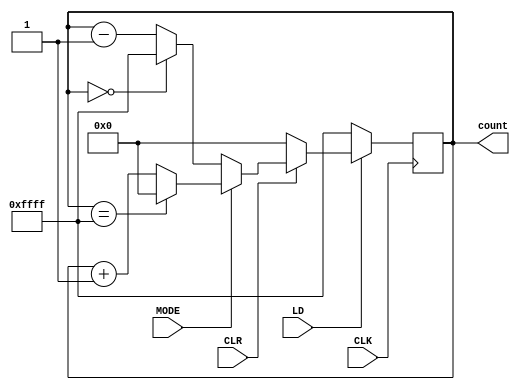
module sync_counter(input CLK, LD, CLR, MODE, output reg [15:0] count);
    initial count = 16'b0000000000000000;
    always @(posedge CLK) begin
        if (~LD) count <= 16'b1111111111111111;
        else if (~CLR) count <= 16'b0000000000000000;
        else if (~MODE) begin
            if ( count == 16'b0000000000000000 ) count <= 16'b1111111111111111;
            else count <= count - 1;
        end
        else if (MODE) begin
            if ( count == 16'b1111111111111111 ) count <= 16'b0000000000000000;
            else count <= count + 1;
        end
    end
endmodule